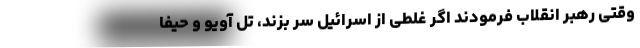
وقتی رهبر انقلاب فرمودند اگر غلطی از اسرائیل سر بزند، تل آویو و حیفا